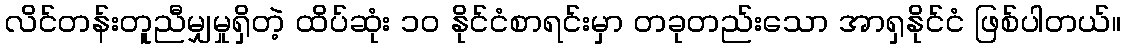
လိင်တန်းတူညီမျှမှုရှိတဲ့ ထိပ်ဆုံး ၁၀ နိုင်ငံစာရင်းမှာ တခုတည်းသော အာရှနိုင်ငံ ဖြစ်ပါတယ်။